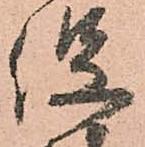
役